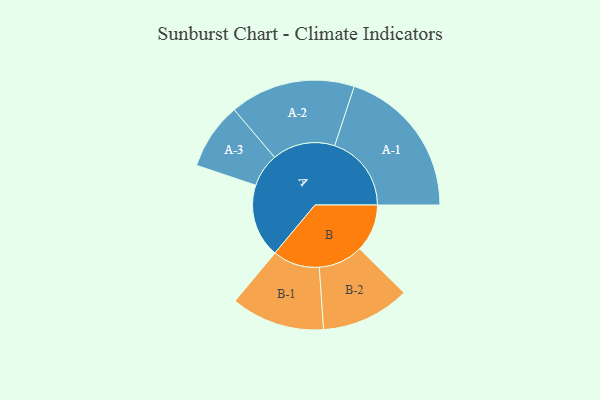
{"axis": {"x": "Segment", "y": "Value"}, "legend": ["", "A", "B"], "data": [{"x": "A", "y": 273, "type": ""}, {"x": "B", "y": 177, "type": ""}, {"x": "A-1", "y": 285, "type": "A"}, {"x": "A-2", "y": 233, "type": "A"}, {"x": "A-3", "y": 124, "type": "A"}, {"x": "B-1", "y": 174, "type": "B"}, {"x": "B-2", "y": 165, "type": "B"}]}